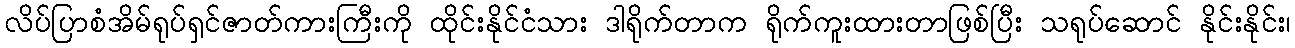
လိပ်ပြာစံအိမ်ရုပ်ရှင်ဇာတ်ကားကြီးကို ထိုင်းနိုင်ငံသား ဒါရိုက်တာက ရိုက်ကူးထားတာဖြစ်ပြီး သရုပ်ဆောင် နိုင်းနိုင်း၊